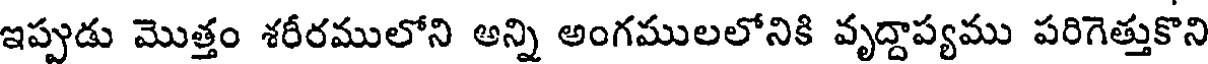
ఇప్పుడు మొత్తం శరీరములోని అన్ని అంగములలోనికి వృద్దాప్యము పరిగెత్తుకొని